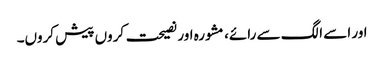
اور اسے الگ سے رائے، مشورہ اور نصیحت کروں پیش کروں۔